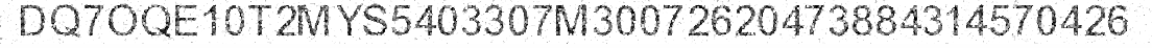
DQ7OQE10T2MYS5403307M30072620473884314570426